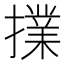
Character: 擈